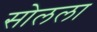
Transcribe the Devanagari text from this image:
सोलला